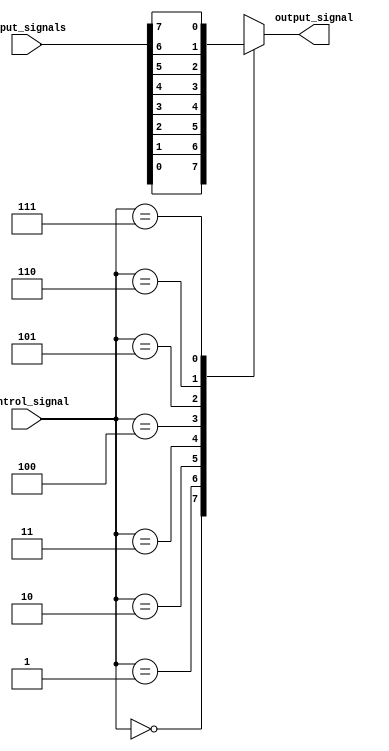
module mux_demux_buffer (
    input [7:0] input_signals,
    input [2:0] control_signal,
    output reg output_signal
);

always @(*) begin
    case(control_signal)
        3'b000: output_signal = input_signals[0];
        3'b001: output_signal = input_signals[1];
        3'b010: output_signal = input_signals[2];
        3'b011: output_signal = input_signals[3];
        3'b100: output_signal = input_signals[4];
        3'b101: output_signal = input_signals[5];
        3'b110: output_signal = input_signals[6];
        3'b111: output_signal = input_signals[7];
        default: output_signal = 0;
    endcase
end

endmodule